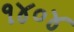
૧૪૦૪